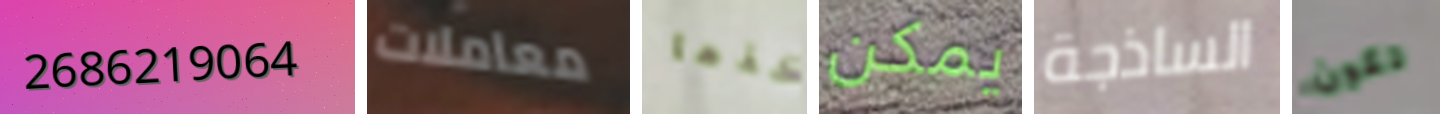
2686219064 معاملات خذها يمكن الساذجة تكون